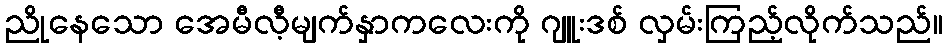
ညိုနေသော အေမီလီ့မျက်နှာကလေးကို ဂျူးဒစ် လှမ်းကြည့်လိုက်သည်။